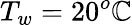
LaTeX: T_{w}=20^{o}\mathbb{C}